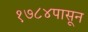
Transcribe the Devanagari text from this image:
१७८४पासून